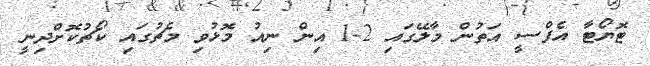
ޓޮޔޯޓާ އެފްސީ އަތުން މާލޭގައި 2-1 އިން ނިއު މޮޅުވި މެޗުގައި ކޯޗުކޮށްދިނީ